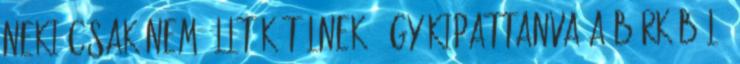
neki csak nem állt kötélnek. Így kipattanva a bárkából,